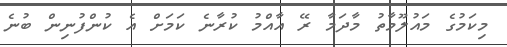
މިކަމުގެ މައުލޫމާތު މާދަމާ ރޭ އާއްމު ކުރާނެ ކަމަށް އެ ކުންފުނިން ބުނެ